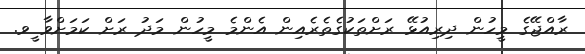
ރާއްޖޭގެ މީހުން ދިރިއުޅޭ ރަށްތަކުގެތެރެއިން އެންމެ މީހުން މަދު ރަށް ކަމަށްވާ ީވ.